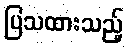
ပြသထားသည့်